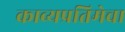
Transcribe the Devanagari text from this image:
काव्यप्रतिमेचा